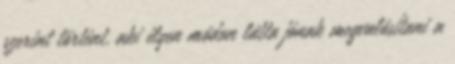
szerint történt, aki ilyen módon látta jónak megvalósítani a